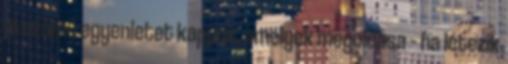
m számú egyenletet kapunk, amelyek megoldása – ha létezik